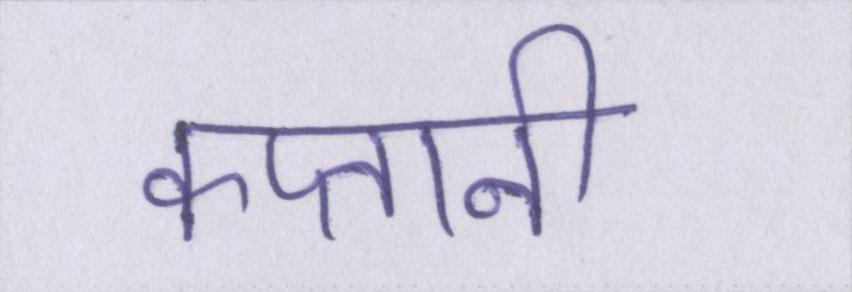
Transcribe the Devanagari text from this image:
कप्तानी